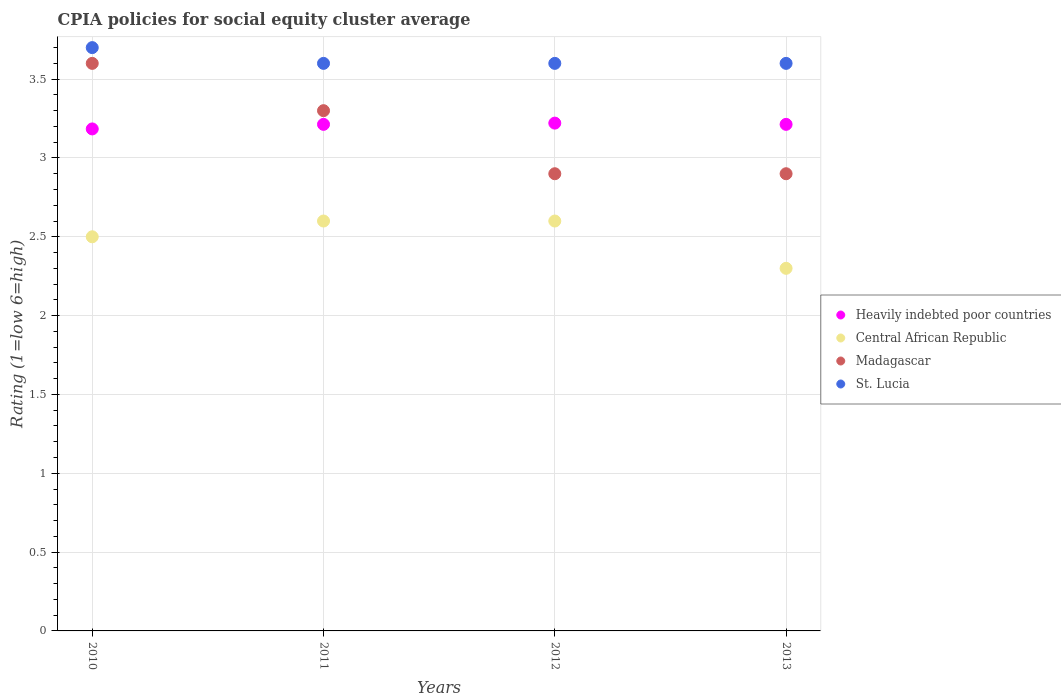
| Years | Heavily indebted poor countries | Central African Republic | Madagascar | St. Lucia |
 | --- | --- | --- | --- | --- |
 | 2010 | 3.18 | 2.5 | 3.6 | 3.7 |
 | 2011 | 3.21 | 2.6 | 3.3 | 3.6 |
 | 2012 | 3.22 | 2.6 | 2.9 | 3.6 |
 | 2013 | 3.21 | 2.3 | 2.9 | 3.6 |